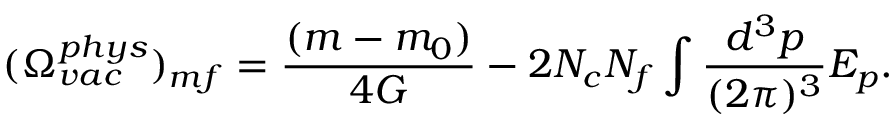
( \Omega _ { v a c } ^ { p h y s } ) _ { m f } = \frac { ( m - m _ { 0 } ) } { 4 G } - 2 N _ { c } N _ { f } \int \frac { d ^ { 3 } p } { ( 2 \pi ) ^ { 3 } } E _ { p } .